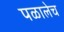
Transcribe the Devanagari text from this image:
पळालेच